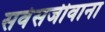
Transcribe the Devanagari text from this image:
सर्वसजीवाना